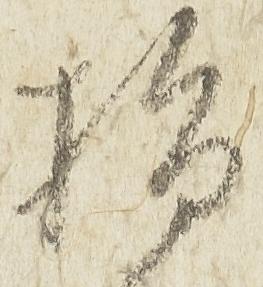
指